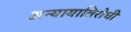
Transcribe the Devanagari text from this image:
अन्यायाविरोधी